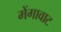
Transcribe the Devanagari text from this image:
मेंगावाट